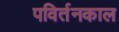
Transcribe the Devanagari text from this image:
पविर्तनकाल